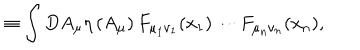
\equiv \int D A _ { \mu } \eta \left( A _ { \mu } \right) F _ { \mu _ { 1 } \nu _ { 1 } } ( x _ { 1 } ) \cdots F _ { \mu _ { n } \nu _ { n } } ( x _ { n } ) ,